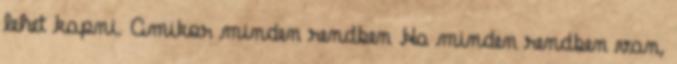
lehet kapni. Amikor minden rendben Ha minden rendben van,